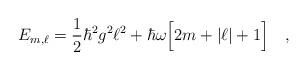
LaTeX: \begin{align*}E_{m,\ell}=\frac{1}{2}\hbar^2g^2\ell^2+\hbar\omega\Big[2m+|\ell|+1\Big]\ \ \ ,\end{align*}